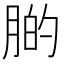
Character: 𦝂